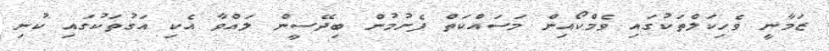
ޒަމާނީ ވެހިކަލްތަކުގައި ވެމްކޯއިން މަސައްކަތް ފެށުމުން ބިދޭސީން ލައްވާ އެކި އަގުތަކުގައި ކުނި